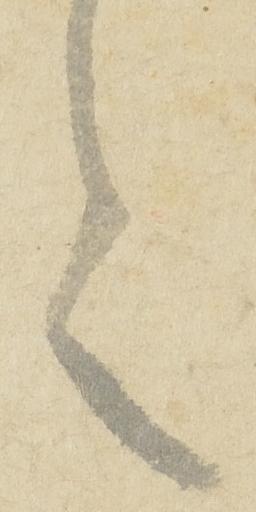
言